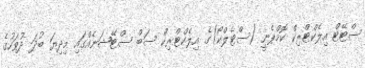
ސްޓޭޓް އިލެކްޓްރިކް ކޮމްޕެނީ (ސްޓެލްކޯ)ގެ އިލެކްޓްރިކް ސަބް ސްޓޭޝަނެއްގައި މިދިޔަ ބުދަ ދުވަހުގެ